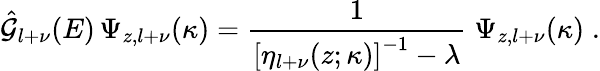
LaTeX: \hat{{\mathcal G}}_{l+\nu}(E)\, \Psi_{z,l+\nu}(\kappa)=\frac{1}{\left[\eta_{l+\nu}(z;\kappa)\right]^{-1}-\lambda}\; \Psi_{z,l+\nu}(\kappa)\; .